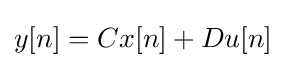
y[n]=Cx[n]+Du[n]